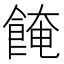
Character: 餣